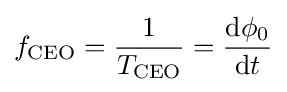
f_{\mathrm {CEO} }={\frac {1}{T_{\mathrm {CEO} }}}={\frac {\mathrm {d} \phi _{0}}{\mathrm {d} t}}